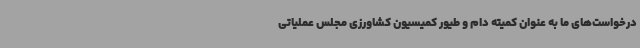
درخواست‌های ما به عنوان کمیته دام و طیور کمیسیون کشاورزی مجلس عملیاتی